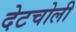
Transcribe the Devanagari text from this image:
देटचोली